Lunatic asylums Bombay report 1878-1890 - 1878-1890
Year: 1878
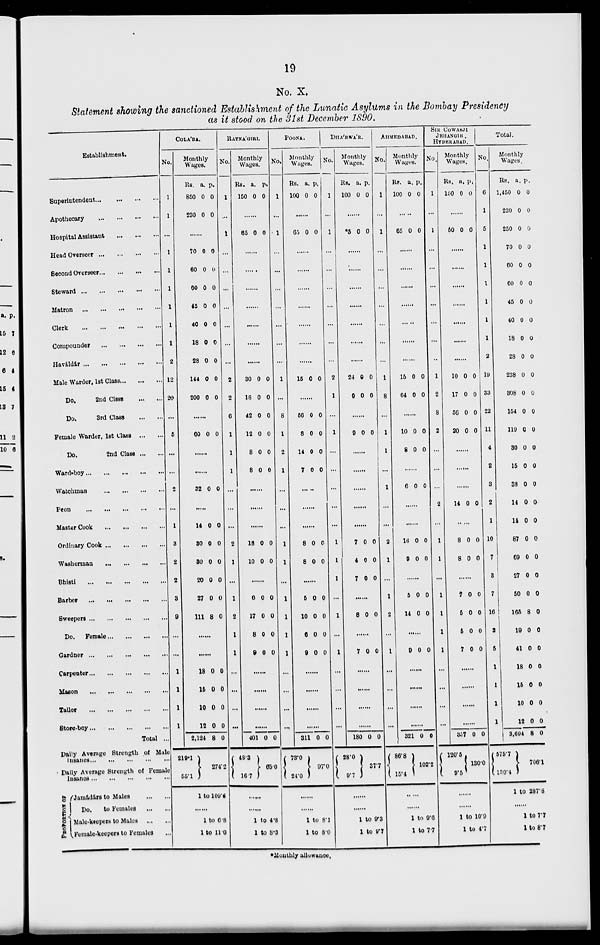
19
No. X.
Statement showing the sanctioned Establishment of the Lunatic Asylums in the Bombay Presidency
as it stood on the 31st December 1890.
Establishment.
Superintendent
...
...
...
...
Apothecary
...
...
...
...
Hospital Assistant
...
...
...
Head Overseer
...
...
...
...
Second Overseer ... ... ... ...
Steward
...
...
...
...
...
Matron
...
...
...
...
...
Clerk
...
...
...
...
...
Compounder
...
...
...
...
Haváldár
...
...
...
...
...
Male Warder, 1st Class ... ... ...
Do,
2nd Class ... ... ...
Do.
3rd Class ... ... ...
Female Warder, 1st Class
...
...
Do.
2nd Class ... ...
Ward-boy
...
...
...
...
...
Watchman
...
...
...
...
...
Peon
...
...
...
...
...
Master Cook ... ... ... ...
Ordinary Cook
...
...
...
...
Washerman ... ... ... ...
Bhisti
...
...
...
...
...
Barber
...
...
...
...
...
Sweepers
...
...
...
...
...
Do.
Female
...
...
...
...
Gardner
...
...
...
...
...
Carpenter
...
...
...
...
...
Mason ... ... ... ... ...
Tailor
...
...
...
...
...
Store-boy
...
...
...
...
...
Total ...
Daily Average Strength of Male
lnsanes
...
...
...
...
...
Daily Average Strength of Female
lnsanes
...
...
...
...
...
PROPORTION
OF
Jamádárs to Males
...
...
Do.
to Females
...
...
Male-keepers to Males
...
...
Female-keepers to Females ...
COLÁBA.
No.
1
1
...
1
1
1
1
1
1
2
12
20
...
5
...
...
2
...
1
3
2
2
3
9
...
...
1
1
1
1
Monthly
Wages.
Rs.
850
230
a.
0
0
p.
0
0
......
70
60
60
45
40
18
28
144
200
0
0
0
0
0
0
0
0
0
0
0
0
0
0
0
0
0
0
......
60 0 0
......
......
32 0 0
......
14
30
30
20
27
111
0
0
0
0
0
8
0
0
0
0
0
0
......
......
18
16
10
12
2,124
219.1
55.1
0
0
0
0
8
0
0
0
0
0
274.2
1 to 109.6
......
1 to 6.8
1 to 11.0
RATNÁGIRI.
No.
1
...
1
...
...
...
...
...
...
...
2
2
6
1
1
1
...
...
...
2
1
...
1
2
1
1
...
...
...
...
Monthly
Wages.
Rs.
150
a.
0
p.
0
......
65 0 0
......
......
......
......
......
......
......
30
18
42
12
8
8
0
0
0
0
0
0
0
0
0
0
0
0
......
......
......
18
10
0
0
0
0
......
6
17
8
9
0
0
0
0
0
0
0
0
......
......
......
......
401
48.3
16.7
0 0
65.0
......
......
1 to 4.8
1 to 8.3
POONA.
No.
1
...
1
...
...
...
...
...
...
...
1
...
8
1
2
1
...
...
...
1
1
...
1
1
1
1
...
...
...
...
Monthly
Wages.
Rs.
100
a.
0
p.
0
......
65 0 0
......
......
......
......
......
......
......
15 0 0
......
56
8
14
7
0
0
0
0
0
0
0
0
......
......
......
8
8
0
0
0
0
......
5
10
6
9
0
0
0
0
0
0
0
0
......
......
......
......
311
73.0
24.0
0 0
97.0
......
......
1 to 8.1
1 to 8.0
DHÁRWÁR.
No.
1
...
1
...
...
...
...
...
...
...
2
1
...
1
...
...
...
...
...
1
1
1
...
1
...
1
...
...
...
...
Monthly
Wages.
Rs.
100
a.
0
p.
0
......
*5 0 0
......
......
......
......
......
......
......
24
9
...
9
0
0
...
0
0
0
0
......
......
......
......
......
7
4
7
0
0
0
0
0
0
......
8 0 0
......
7 0 0
......
......
......
......
180
28.0
0 0
377
......
......
1 to 9.3
1 to 9.7
AHMEDABAD.
No.
1
...
1
...
...
...
...
...
...
...
1
8
...
1
1
...
1
...
...
2
1
...
1
2
...
1
...
...
...
...
Monthly
Wages.
Rs.
100
a.
0
p.
0
65 0 0
......
......
......
......
......
......
......
15
64
0
0
0
0
10
8
0
0
0
0
......
6 0 0
......
......
16
9
0
0
0
0
......
5
14
0
0
0
0
......
9 0 0
......
......
......
......
321
86.8
15.4
0 0
102.2
......
......
1 to 9.6
1 to 7.7
SIR COWASJI
JEHANGIR,
HYDERABAD.
No.
1
...
1
...
...
...
...
...
...
..
1
2
8
2
...
...
...
2
...
1
1
...
1
1
1
1
...
...
...
...
Monthly
Wages.
Rs.
160
a.
0
p.
0
......
50 0 0
......
......
......
......
......
......
......
10
17
56
20
0
0
0
0
0
0
0
0
......
......
......
14 0 0
.....
8
8
0
0
0
0
......
7
6
5
7
0
0
0
0
0
0
0
0
......
......
......
......
357
120.5
9.5
0 0
130.0
......
......
1 to 10.9
1 to 4.7
Total.
No.
6
1
5
1
1
1
1
1
1
2
10
33
22
11
4
2
3
2
1
10
7
3
7
16
3
5
1
1
1
1
Monthly
Wages.
Rs.
1,450
230
250
70
60
60
45
40
18
28
238
308
154
119
30
15
38
14
14
87
60
27
50
166
19
41
18
15
10
12
3,694
575.7
130.4
a.
0
0
0
0
0
0
0
0
0
0
0
0
0
0
0
0
0
0
0
0
0
0
0
8
0
0
0
0
0
0
8
p.
0
0
0
0
0
0
0
0
0
0
0
0
0
0
0
0
0
0
0
0
0
0
0
0
0
0
0
0
0
0
0
706.1
1 to 287.8
......
1 to 7.7
1 to 8.7
*Monthly allowance.